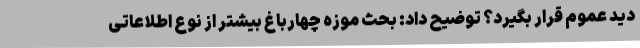
دید عموم قرار بگیرد؟ توضیح داد: بحث موزه چهارباغ بیشتر از نوع اطلاعاتی